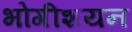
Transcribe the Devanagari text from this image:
भोगीशयन